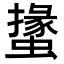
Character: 𧑝